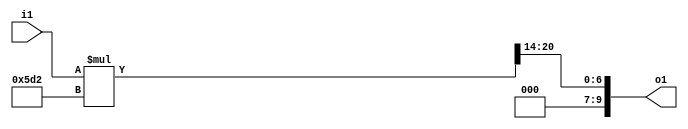
/*================================================================================
| Project name
|---------------------------------------------------------------------------------
| Block name  : divider_10_11
| Version     : 0.0.0
| Description : 
|     - const unsigned value divider (if you want use signed, you should calculate abs)
|     - i1 / i2 = o1  (i2 = const value)
|     - convert calculation method from divider to multiplier
|     - reference LSI/FPGA P289
|---------------------------------------------------------------------------------
| Created by kirIn : author's email address
\===============================================================================*/

module divider_10_11(i1, o1);

//================================================================================
// Constants
//================================================================================
    parameter  BWI1 = 10;
    parameter  BWI2 = 14;
    parameter  BWO1 = 10;
    parameter  CONST_MULTI = 'b00010111010010;

//================================================================================
// Declare Input and Output Pins
//================================================================================
    input [BWI1-1:0] i1;
    output [BWO1-1:0] o1;

//================================================================================
// Declare Wires and Regs
//================================================================================
    wire [BWI2-1:0] i2;
    wire [BWI1+BWI2-1:0] o_tmp;

//================================================================================
// Divider (To tell the Truth -> Multipiler)
//================================================================================
    assign i2 = CONST_MULTI;
    assign o_tmp = i1 * i2;

    assign o1 = o_tmp[BWI1+BWI2-1 : BWI2];

endmodule